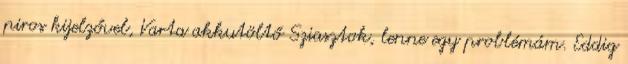
piros kijelzővel, Varta akkutöltő Sziasztok, lenne egy problémám. Eddig